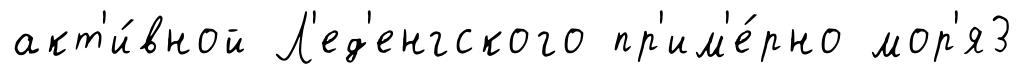
акт'и́вной Л'ед'енгского пр'им'е́рно мор'я3